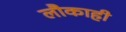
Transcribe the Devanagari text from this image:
लौकाही